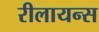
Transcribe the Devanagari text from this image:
रीलायन्स